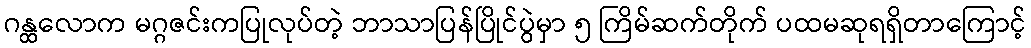
ဂန္ထလောက မဂ္ဂဇင်းကပြုလုပ်တဲ့ ဘာသာပြန်ပြိုင်ပွဲမှာ ၅ ကြိမ်ဆက်တိုက် ပထမဆုရရှိတာကြောင့်